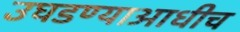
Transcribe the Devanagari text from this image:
उघडण्याआधीच